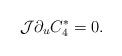
LaTeX: \begin{align*}\mathcal{J}\partial_{u} C_4^* =0 .\end{align*}